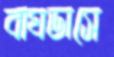
বাঘডাসে